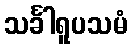
သင်္ခါရူပသမံ